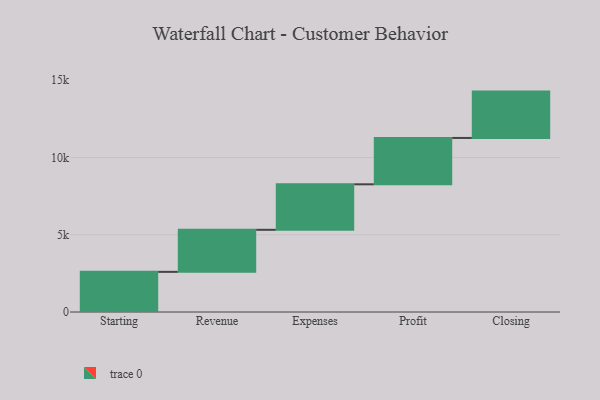
{"axis": {"x": "Step", "y": "Value"}, "legend": [""], "data": [{"x": "Starting", "y": 2598.0, "type": ""}, {"x": "Revenue", "y": 2722.0, "type": ""}, {"x": "Expenses", "y": 2946.0, "type": ""}, {"x": "Profit", "y": 3000, "type": ""}, {"x": "Closing", "y": 3000, "type": ""}]}